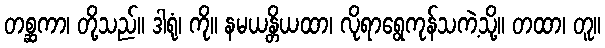
တစ္ဆကာ၊ တို့သည်။ ဒါရုံ၊ ကို။ နမယန္တိယထာ၊ လိုရာရွေကုန်သကဲ့သို့။ တထာ၊ တူ။